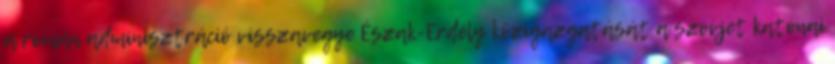
a román adminisztráció visszavegye Észak-Erdély közigazgatását a szovjet katonai